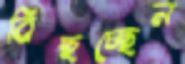
বিছচ্ছেন